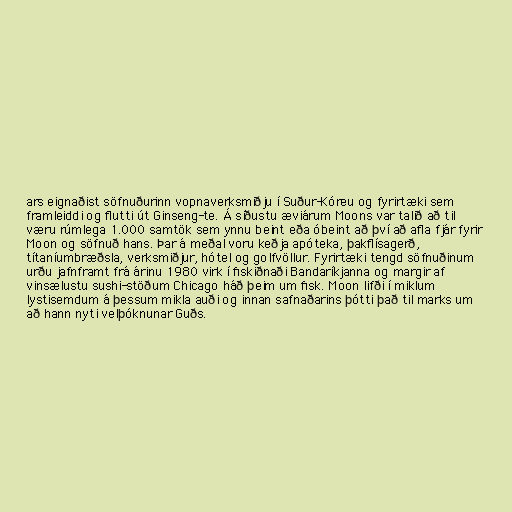
ars eignaðist söfnuðurinn vopnaverksmiðju í Suður-Kóreu og fyrirtæki sem
framleiddi og flutti út Ginseng-te. Á síðustu æviárum Moons var talið að til
væru rúmlega 1.000 samtök sem ynnu beint eða óbeint að því að afla fjár fyrir
Moon og söfnuð hans. Þar á meðal voru keðja apóteka, þakflísagerð,
títaníumbræðsla, verksmiðjur, hótel og golfvöllur. Fyrirtæki tengd söfnuðinum
urðu jafnframt frá árinu 1980 virk í fiskiðnaði Bandaríkjanna og margir af
vinsælustu sushi-stöðum Chicago háð þeim um fisk. Moon lifði í miklum
lystisemdum á þessum mikla auði og innan safnaðarins þótti það til marks um
að hann nyti velþóknunar Guðs.